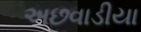
અછવાડીયા